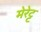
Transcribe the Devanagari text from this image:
मेरेट्ट